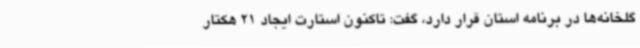
گلخانه‌ها در برنامه استان قرار دارد، گفت: تاکنون استارت ایجاد 21 هکتار